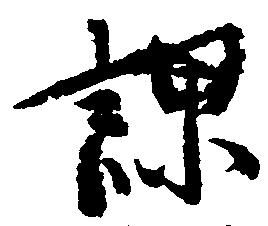
課